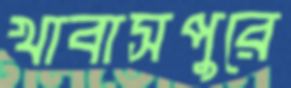
খাবাসপুরে